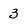
Character: 3